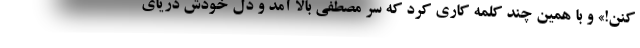
کنن!» و با همین چند کلمه کاری کرد که سر مصطفی بالا آمد و دل خودش دریای